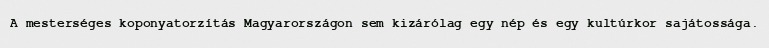
A mesterséges koponyatorzítás Magyarországon sem kizárólag egy nép és egy kultúrkor sajátossága.